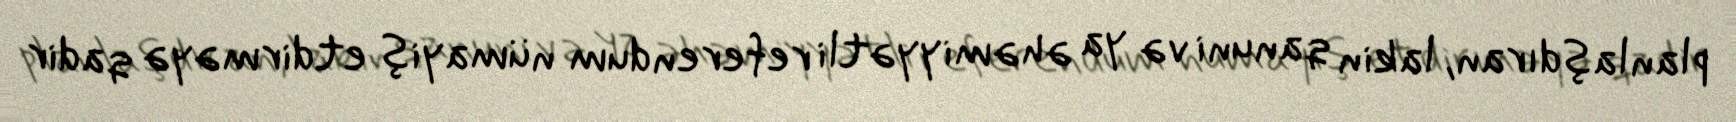
planlaşdıran, lakin qanuni və ya əhəmiyyətli referendum nümayiş etdirməyə qadir